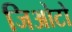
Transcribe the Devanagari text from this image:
जिओटो